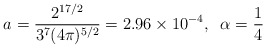
\begin{align*}a= \frac{2^{17/2}}{3^7(4\pi )^{5/2}}= 2.96 \times 10^{-4},\;\;\alpha = \frac{1}{4}\end{align*}